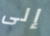
إلى